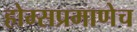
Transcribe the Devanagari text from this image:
होम्सप्रमाणेच